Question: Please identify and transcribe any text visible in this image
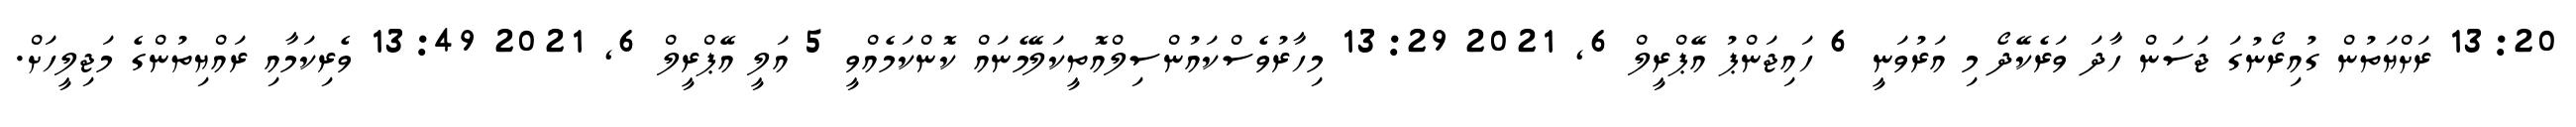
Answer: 13:20 ރަށްޔަތުން ގުއިރޯނުގަ ޖަސަން ހާދަ ވަރެކޭދޯ މި އަރުވަނީ 6 ހައިޖަންޕު އޭޕްރީލް 6, 2021 13:29 މިހާރުވެސްކައުންސިލްއޮތީކަލޭމެނައް ކޮންކަމެއްވީ 5 އަލީ އޭޕްރީލް 6, 2021 13:49 ވެރިކަމާއި ރައްޔިތުންގެ މަޖިލީހަށް.